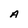
Character: A